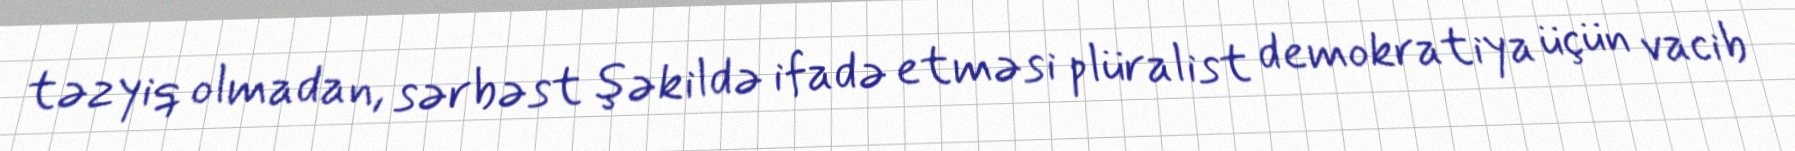
təzyiq olmadan, sərbəst şəkildə ifadə etməsi plüralist demokratiya üçün vacib